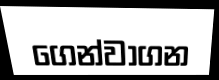
ගෙන්වාගන